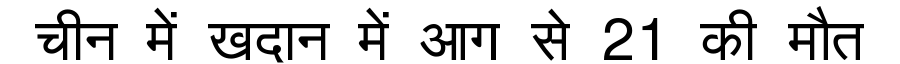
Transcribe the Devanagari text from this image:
चीन में खदान में आग से 21 की मौत